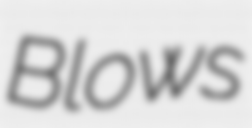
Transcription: Blows